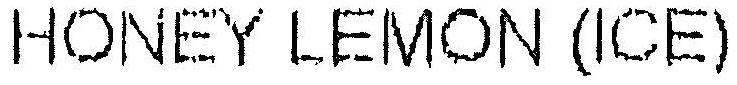
HONEY LEMON (ICE)